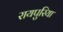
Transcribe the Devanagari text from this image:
रायपुरिया